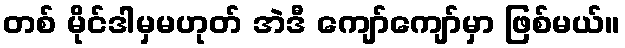
တစ် မိုင်ဒါမှမဟုတ် အဲဒီ ကျော်ကျော်မှာ ဖြစ်မယ်။